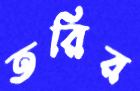
তরির